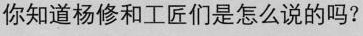
你知道杨修和工匠们是怎么说的吗?